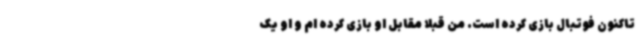
تاکنون فوتبال بازی کرده است. من قبلا مقابل او بازی کرده ام و او یک